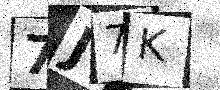
Text: 7J7K